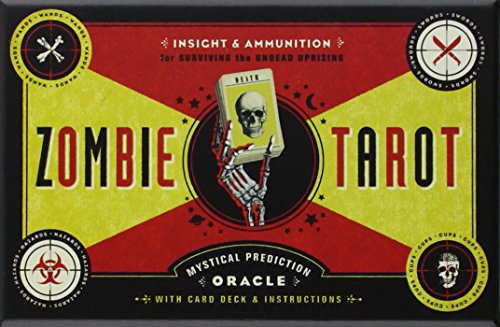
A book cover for The Zombie Tarot: An Oracle of the Undead with Deck and Instructions; Paul Kepple; Humor & Entertainment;